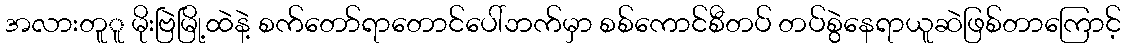
အလားတူူ မိုးဗြဲမြို့ထဲနဲ့ စက်တော်ရာတောင်ပေါ်ဘက်မှာ စစ်ကောင်စီတပ် တပ်စွဲနေရာယူဆဲဖြစ်တာကြောင့်